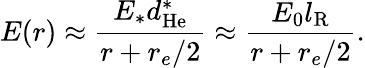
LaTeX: E(r)\approx\frac{E_{\ast}d_{\mathrm{He}}^{\ast}}{r+r_{e}/2}\approx\frac{E_{0}l_{\mathrm{R}}}{r+r_{e}/2}.